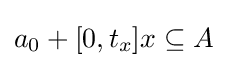
a_{0}+[0,t_{x}]x\subseteq A